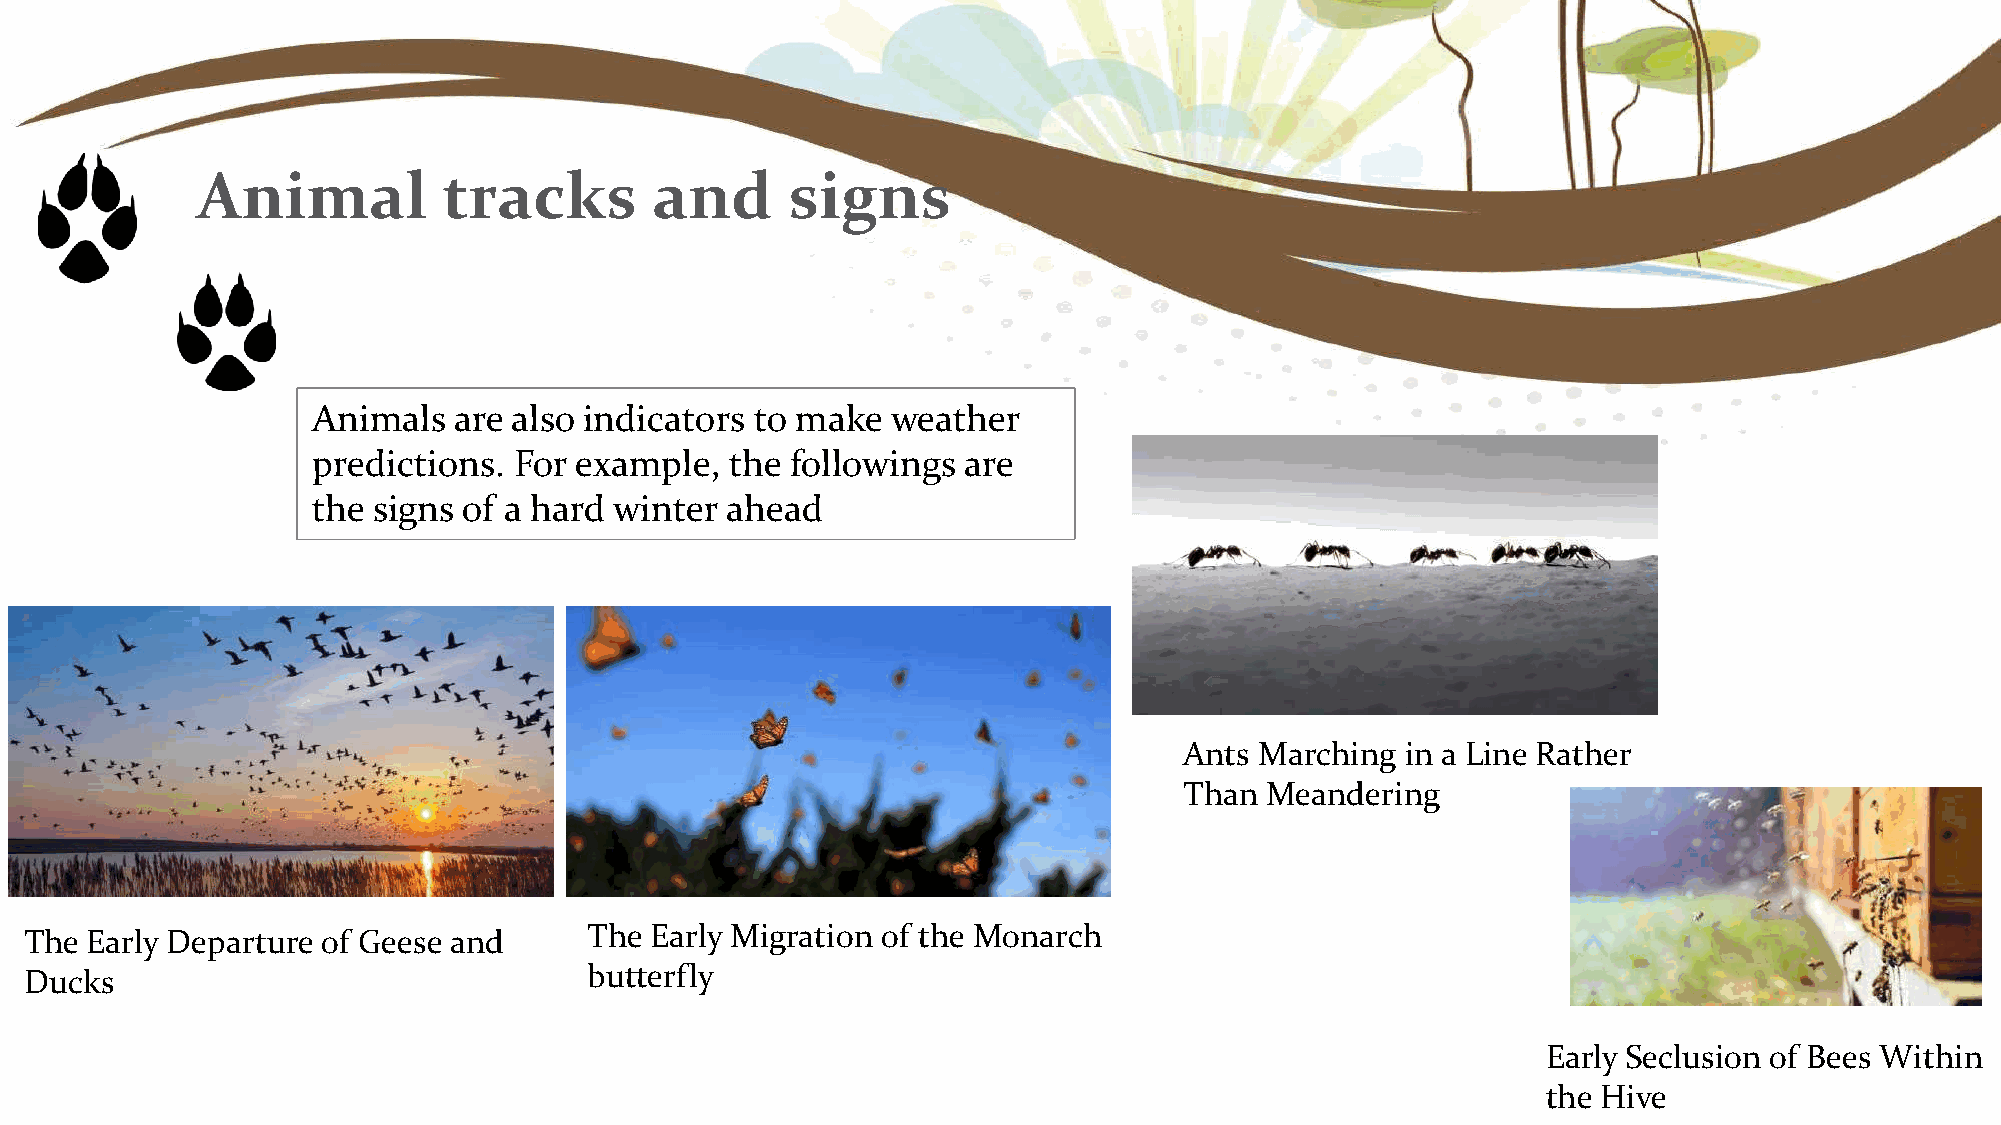
Animal          tracks        and      signs
 Animals  are also indicators to make  weather
 predictions. For example,  the followings  are
 the signs of a hard winter ahead
 Ants Marching  in a Line Rather
 Than  Meandering
 The Early Migration of the Monarch
 The Early Departure of Geese and
 butterfly
 Ducks
 Early Seclusion of Bees Within
 the Hive